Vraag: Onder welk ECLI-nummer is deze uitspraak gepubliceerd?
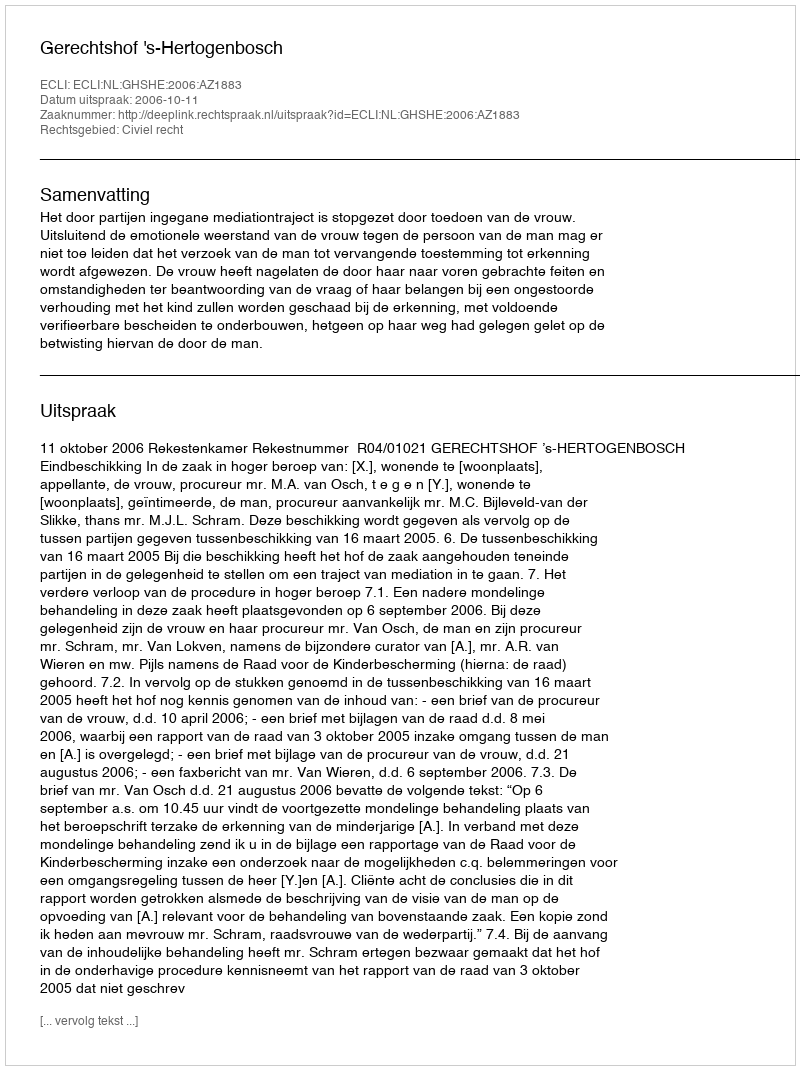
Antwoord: ECLI:NL:GHSHE:2006:AZ1883